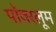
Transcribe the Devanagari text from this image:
पॉवरलूम